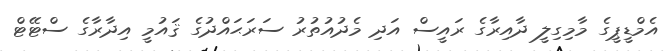
އެމްޑީޕީގެ މާމިގިލީ ދާއިރާގެ ރައީސް އަދި މެދުއުތުރު ސަރަޙައްދުގެ ޤައުމީ އިދާރާގެ ސްޓޭޓް